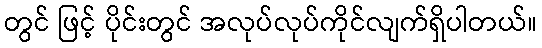
တွင် ဖြင့် ပိုင်းတွင် အလုပ်လုပ်ကိုင်လျက်ရှိပါတယ်။